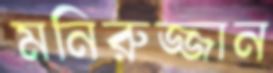
মনিরুজ্জান